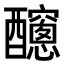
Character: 𨣼